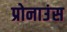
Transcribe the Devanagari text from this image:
प्रोनाउंस